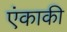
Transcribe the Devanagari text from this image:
एंकाकी